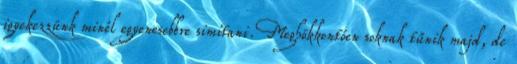
igyekezzünk minél egyenesebbre simítani. Meghökkentően soknak tűnik majd, de